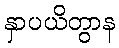
နှာပယိတွာန